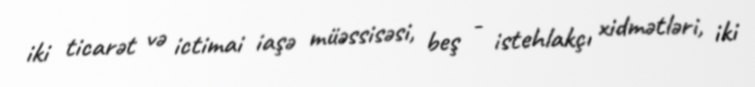
iki ticarət və ictimai iaşə müəssisəsi, beş - istehlakçı xidmətləri, iki